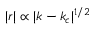
| r | \propto | k - k _ { c } | ^ { 1 / 2 }